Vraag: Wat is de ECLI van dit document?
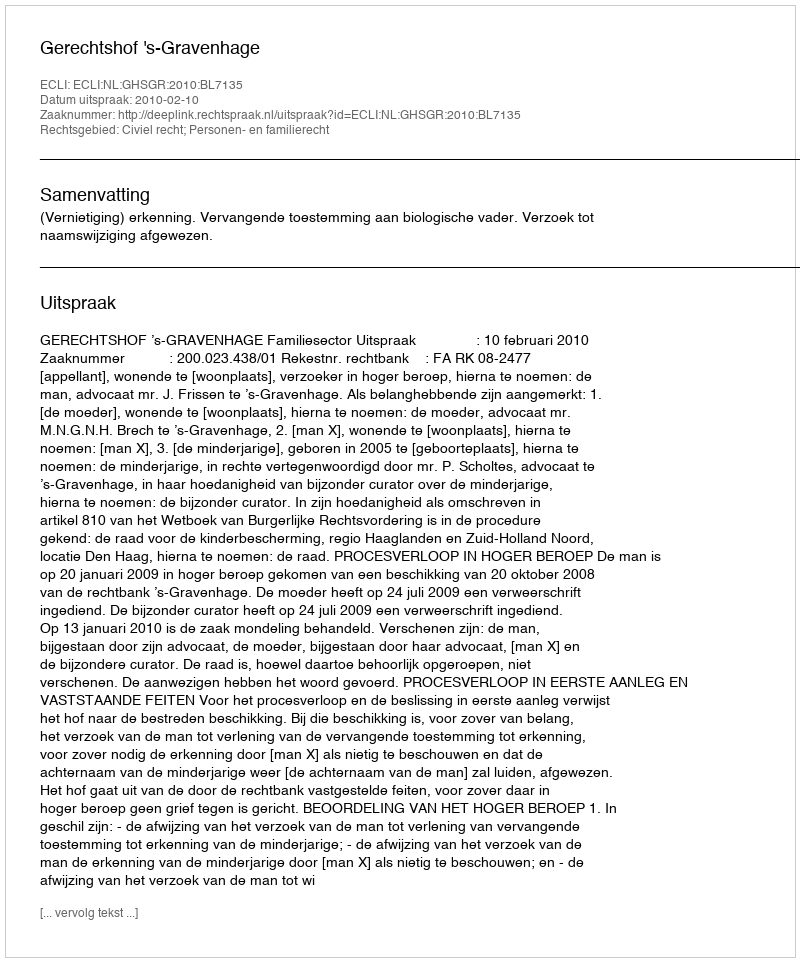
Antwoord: ECLI:NL:GHSGR:2010:BL7135